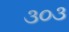
૩૦૩